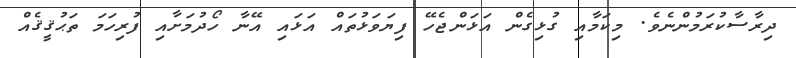
ދިރާސާކުރަމުންނެވެ. މިކަމާއި ގުޅިގެން އަޅަންޖެހޭ ފިޔަވަޅުތައް އަޅައި އޭނާ ހޯދުމަށާއި ފުރިހަމަ ތަޙުޤީޤެއް